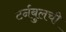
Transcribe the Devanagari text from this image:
टर्नबुलची